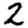
Digit: 2